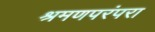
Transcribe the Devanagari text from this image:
श्रमणपरंपरा